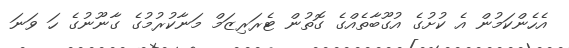
އެހެންކަމުން އެ ކުށުގެ އުގޫބާތެއްގެ ގޮތުން ޓެރަރިޒަމް މަނާކުރުމުގެ ގާނޫނުގެ ހަ ވަނަ